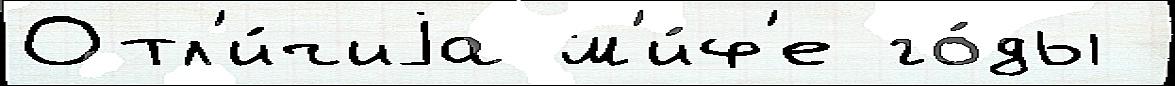
Отл'и́чиjа м'и́ф'е го́ды